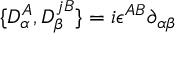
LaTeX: \{ D _ { \alpha } ^ { A } , D _ { \beta } ^ { j B } \} = i \epsilon ^ { A B } \partial _ { \alpha \beta }